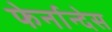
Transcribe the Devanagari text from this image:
फेर्नान्देस